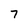
Character: 7